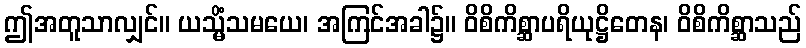
ဤအတူသာလျှင်။ ယသ္မိံသမယေ၊ အကြင်အခါ၌။ ဝိစိကိစ္ဆာပရိယုဋ္ဌိတေန၊ ဝိစိကိစ္ဆာသည်